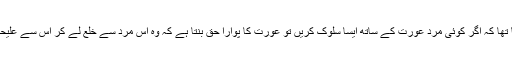
خاتون کا مزید کہنا تھا کہ اگر کوئی مرد عورت کے ساتھ ایسا سلوک کریں تو عورت کا پوارا حق بنتا ہے کہ وہ اس مرد سے خلع لے کر اس سے علیحدگی اختیار کر لے۔